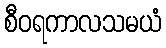
စီဝရကာလသမယံ